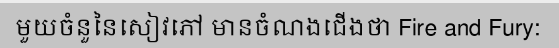
មួយចំនួនៃសៀវភៅ មានចំណងជើងថា Fire and Fury: